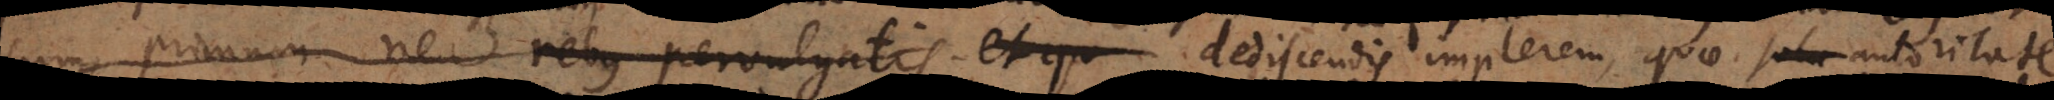
cum primum ne rebus pervulgatis, et qu dediscendis implerem, quae sola autoritate